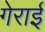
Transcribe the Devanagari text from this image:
गेराई